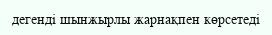
дегенді шынжырлы жарнақпен көрсетеді